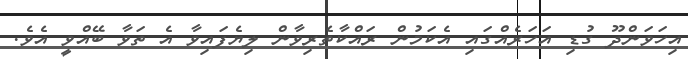
އިހަވަންދޫ ގުޑި އަހަރެއްގައި އެކަމުން ރައްކާތެރިވާން ލިޔެފައިވާ އެ ތަވާ ބޭއްވީ އެވެ.